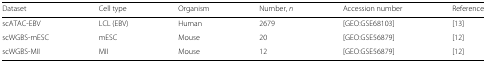
| Dataset | Cell type | Organism | Number, n | Accession number | Reference |
 | --- | --- | --- | --- | --- | --- |
 | scATAC-EBV | LCL (EBV) | Human | 2679 | [GEO:GSE68103] | [13] |
 | scWGBS-mESC | mESC | Mouse | 20 | [GEO:GSE56879] | [12] |
 | scWGBS-MII | MII | Mouse | 12 | [GEO:GSE56879] | [12] |